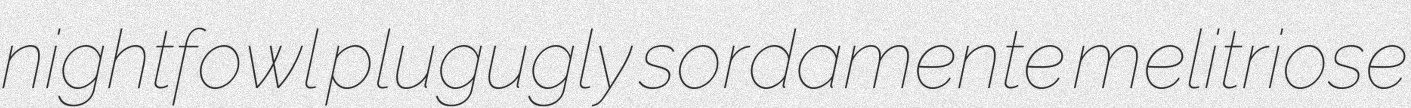
nightfowl plugugly sordamente melitriose